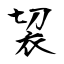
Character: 袃